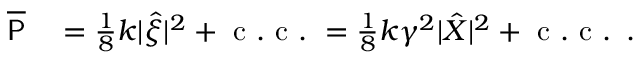
\begin{array} { r l } { \overline { { \mathsf { P } } } } & { { } = \frac { 1 } { 8 } k | \hat { \xi } | ^ { 2 } + \mathrm { ~ c ~ . ~ c ~ . ~ } = \frac { 1 } { 8 } k \gamma ^ { 2 } | \hat { X } | ^ { 2 } + \mathrm { ~ c ~ . ~ c ~ . ~ } \, . } \end{array}